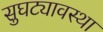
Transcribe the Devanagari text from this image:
सुघट्यावस्था